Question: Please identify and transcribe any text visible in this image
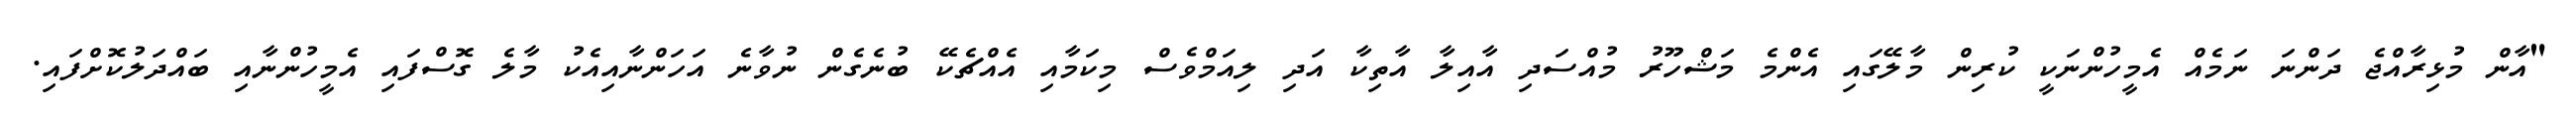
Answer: "އާން މުޅިރާއްޖެ ދަންނަ ނަމެއް އެމީހުންނަކީ ކުރިން މާލޭގައި އެންމެ މަޝްހޫރު މުއްސަދި އާއިލާ އާތިކާ އަދި ލިއަމްވެސް މިކަމާއި އެއްޗެކޭ ބުނެގެން ނުވާނެ އަހަންނާއިއެކު މާލެ ގޮސްފައި އެމީހުންނާއި ބައްދަލުކޮށްފައި.